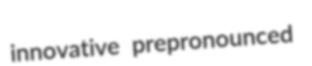
innovative prepronounced